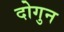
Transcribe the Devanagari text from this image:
दोगुन